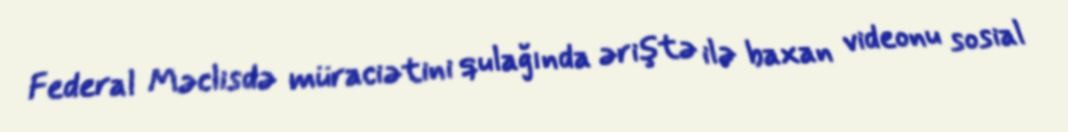
Federal Məclisdə müraciətini qulağında əriştə ilə baxan videonu sosial